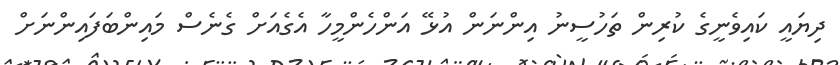
ދިޔައީ ކައިވެނީގެ ކުރިން ތަހުސީނު އިންނަން އުޅޭ އަންހެންމީހާ އެގެއަށް ގެނެސް މައިންބަފައިންނަށް